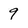
Character: 9